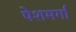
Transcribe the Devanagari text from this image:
पेशमर्गा